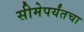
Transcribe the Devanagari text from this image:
सीमेपर्यंतचा